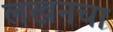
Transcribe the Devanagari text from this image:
लखनचा